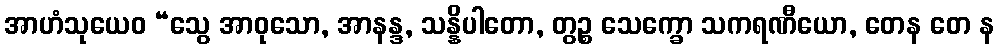
အာဟံသုယေဝ “သွေ အာဝုသော, အာနန္ဒ, သန္နိပါတော, တွဉ္စ သေက္ခော သကရဏီယော, တေန တေ န